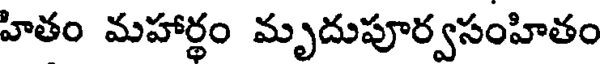
హితం మహార్థం మృదుపూర్వసంహితం